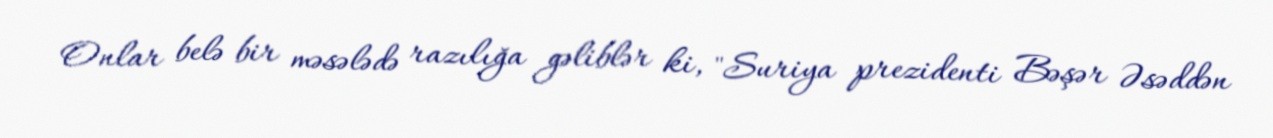
Onlar belə bir məsələdə razılığa gəliblər ki, "Suriya prezidenti Bəşər Əsəddən